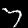
Digit: 7